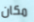
مكان